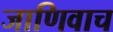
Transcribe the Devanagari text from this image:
जाणिवाच